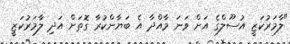
"ލާމަރުކަޒީ އުސޫލްގެ އަށް ވަނަ މާއްދާ އެ ބަޔާންކުރާ ގޮތަށް އަދި ލާމަރުކަޒީ